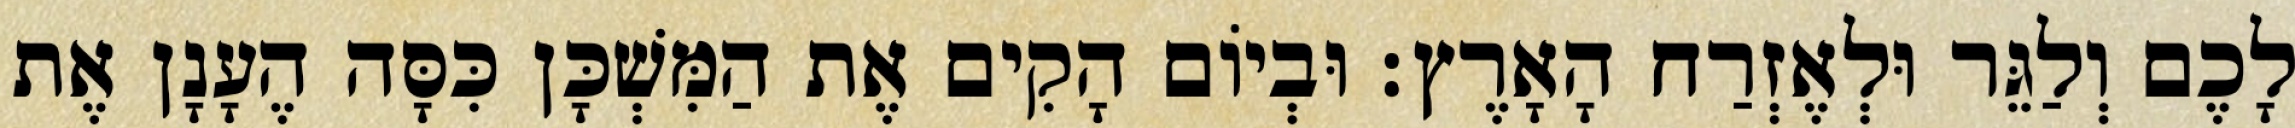
לָכֶם וְלַגֵּר וּלְאֶזְרַח הָאָרֶץ׃ וּבְיוֹם הָקִים אֶת הַמִּשְׁכָּן כִּסָּה הֶעָנָן אֶת